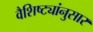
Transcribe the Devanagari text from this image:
वैशिष्ट्यांनुसार